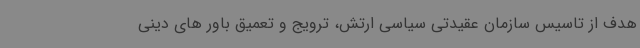
هدف از تاسیس سازمان عقیدتی سیاسی ارتش، ترویج و تعمیق باور های دینی